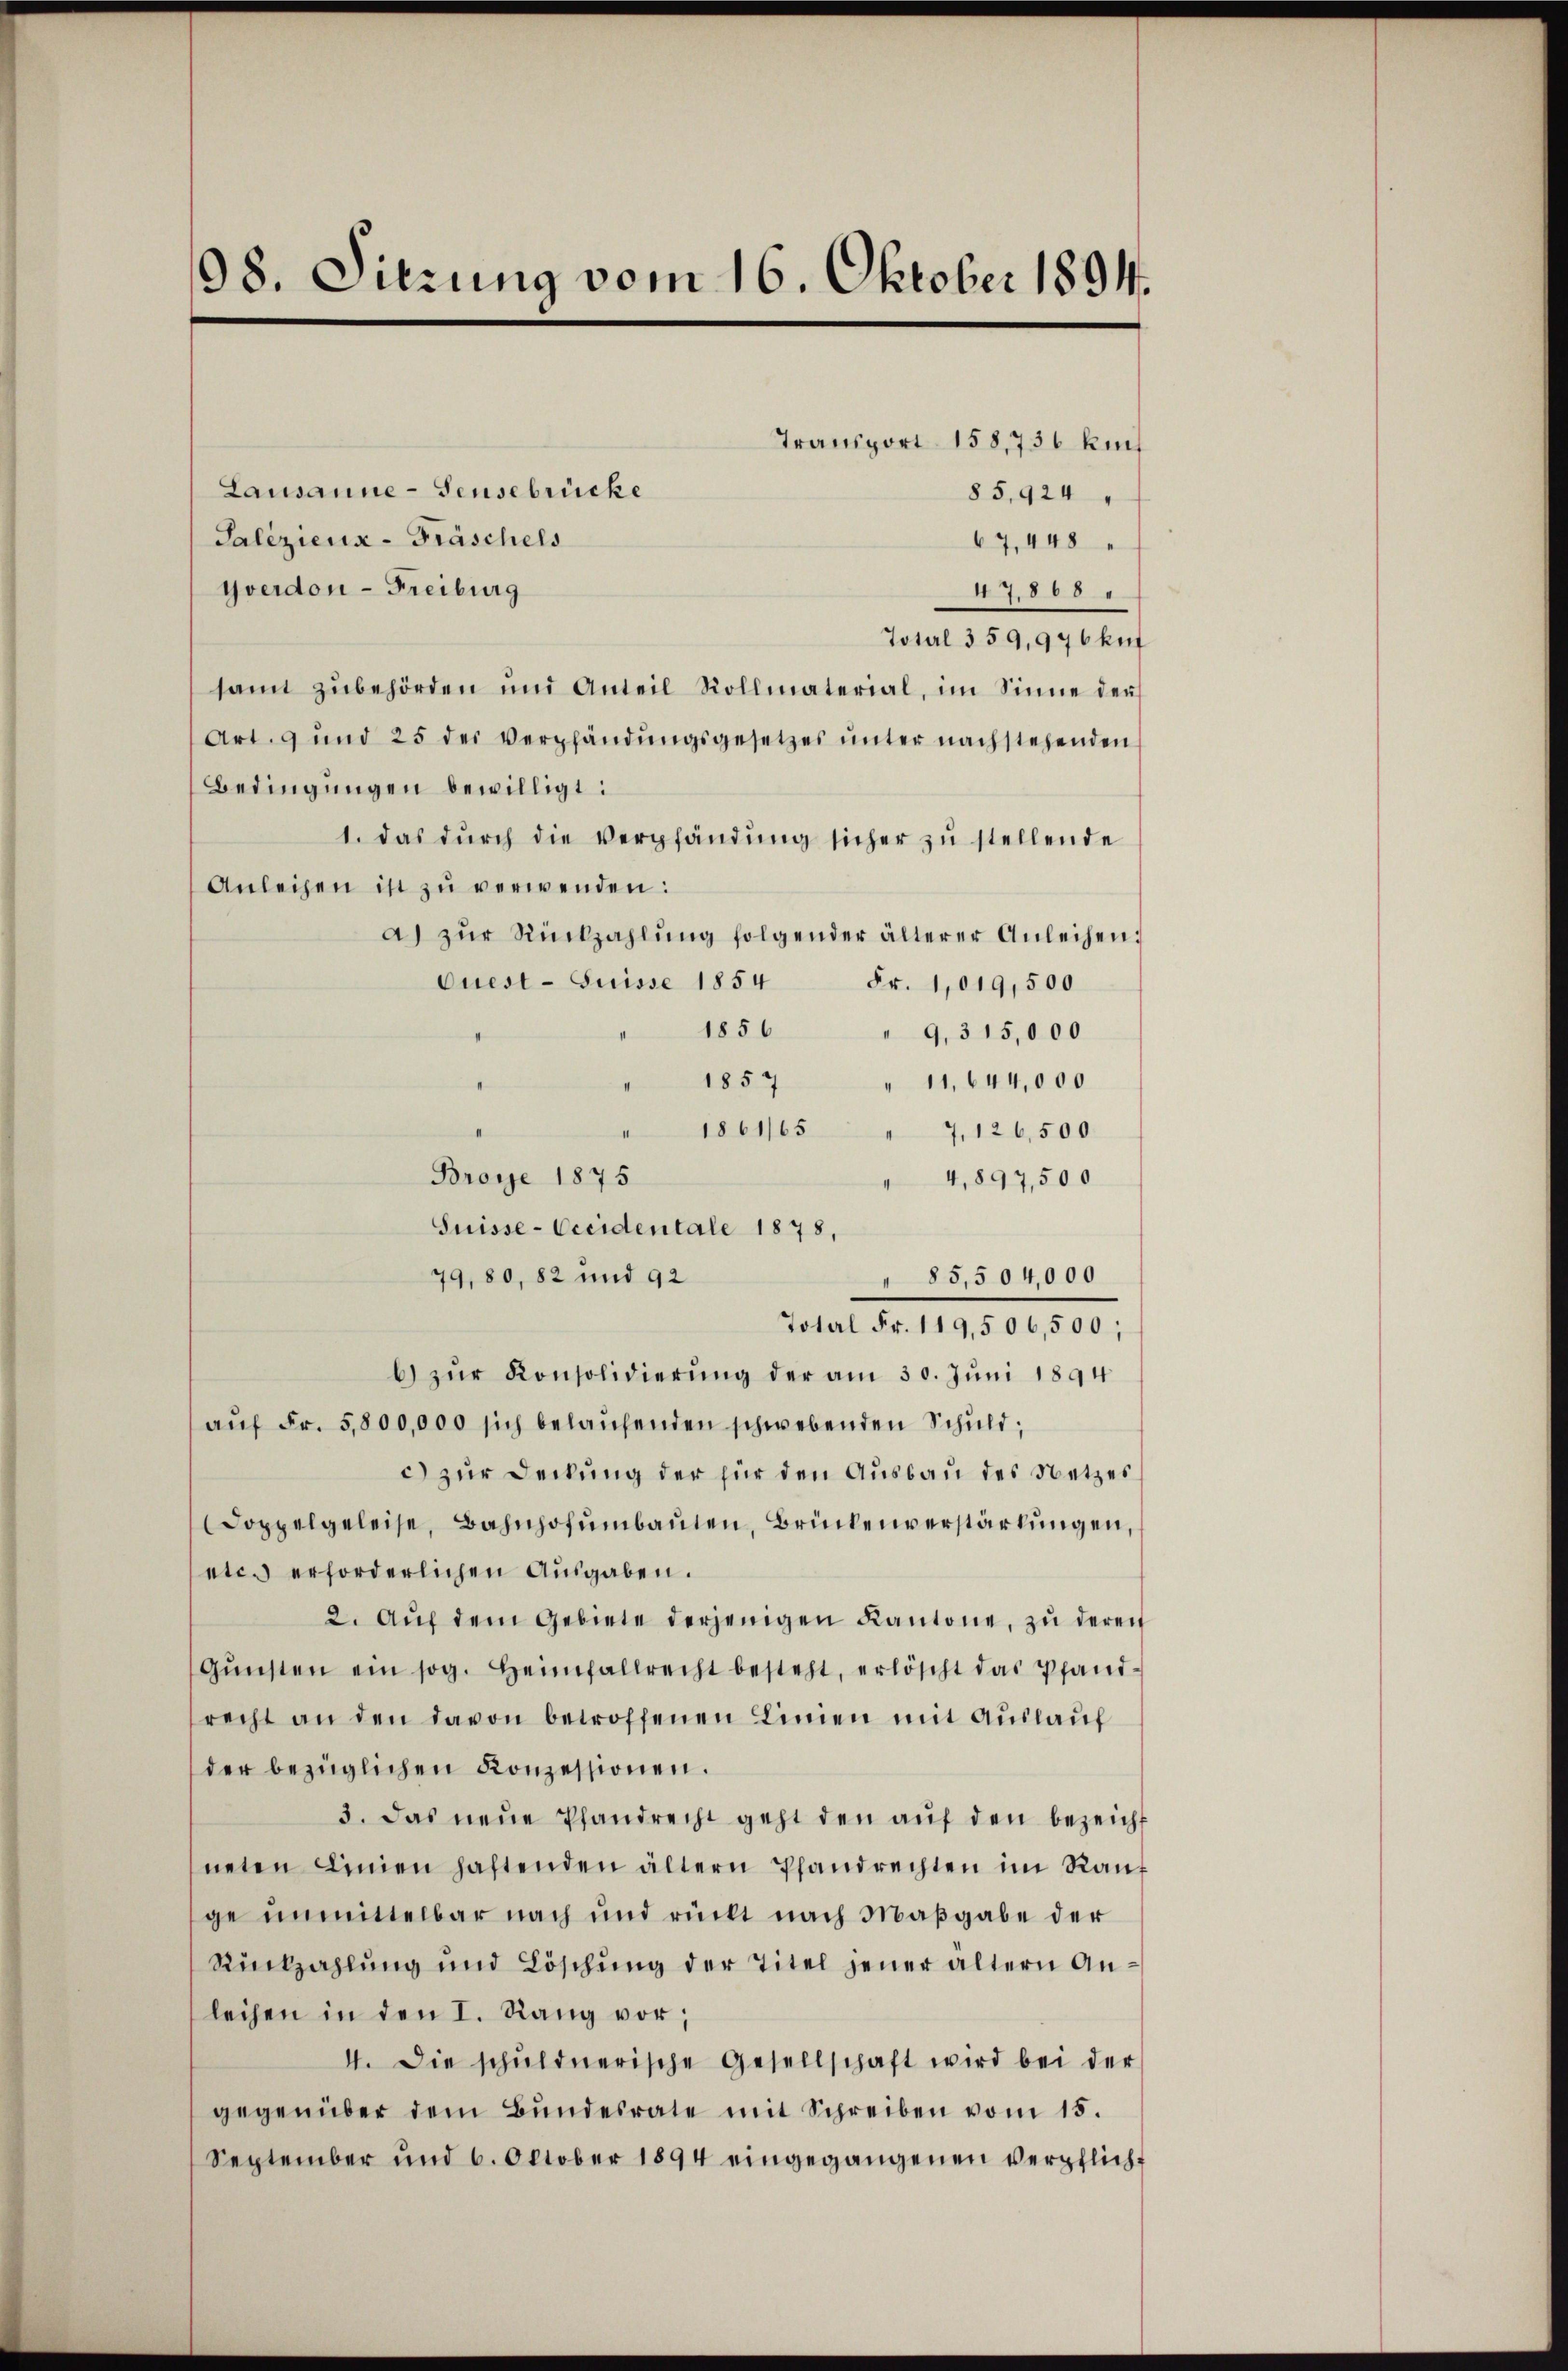
98. Dierung vom 16. Oktober 1891.

Lausanne-Feusebrücke
Galiziens - Fräschels
Yverdon - Freiburg
47,868
Total 359,976 kuf
samt zŭbehörden und Anteil Rollmaterial, im Sinne der
Art. 9 und 25 der Verpfändŭngsgesetzes ŭnter nachstehenden
Bedingungen bewilligt:
1. das dŭrch die Verpfändung sicher zŭ stellende
Anleihen ist zu verwenden:
a) zŭr Rückzahlŭng folgender älterer Anleihen:
Quest - Suisse 1854
Fr. 1,019,500
1856
" 9,315,000
1857
11,644,000
1861/65 " 7, 126,500
Broye 1875
" 4,897,500
Suisse- Cccidentale 1878,
79, 80, 82 und 92
" 85,504,000
Total Fr. 119,506,500;
b) zŭr Konsolidierung der am 30. Juni 1894
aŭf Fr. 5800,000 sich belaŭfenden schwebenden Schuld,
c) zur Deckung der für den Ausbau des Netzes
(Doppelgeleise, Bahnhofumbauten, Brückenverstärkungen,
etc. erforderlichen Ausgaben.
2. Aŭf dem Gebiete derjenigen Kantone, zu deren
Gŭnsten ein sog. Heimfallrecht besteht, erlöscht das Pfand-
recht an den davon betroffenen Linien mit Auslauf
der bezüglichen Konzessionen.
3. Das neue Pfandrecht geht den auf den bezeicht
neten Linien haftenden ältern Pfandrechten im Rauf
ge unmittelbar nach und rückt nach Maβgabe der
Rückzahlung und Löschŭng der Titel jener ältern Anleihen in den I. Rang vor;
4. Die schŭldnerische Gesellschaft wird bei der
gegenüber dem Bŭndesrate mit Schreiben vom 15.
September und 6. October 1894 eingegangenen verpflich¬

Transport 158,736 kun
85,924
67,448